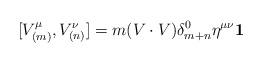
LaTeX: \begin{align*}\lbrack V_{(m)}^{\mu },V_{(n)}^{\nu }]=m(V\cdot V)\delta _{m+n}^{0}\eta^{\mu \nu }\mathbf{1}\end{align*}